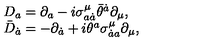
\begin{array} { l l } { D _ { a } = \partial _ { a } - i \sigma _ { a \dot { a } } ^ { \mu } \bar { \theta } ^ { \dot { a } } \partial _ { \mu } , } & { } \\ { \bar { D } _ { \dot { a } } = - \partial _ { \dot { a } } + i \theta ^ { a } \sigma _ { \dot { a } a } ^ { \mu } \partial _ { \mu } , } & { } \\ \end{array}